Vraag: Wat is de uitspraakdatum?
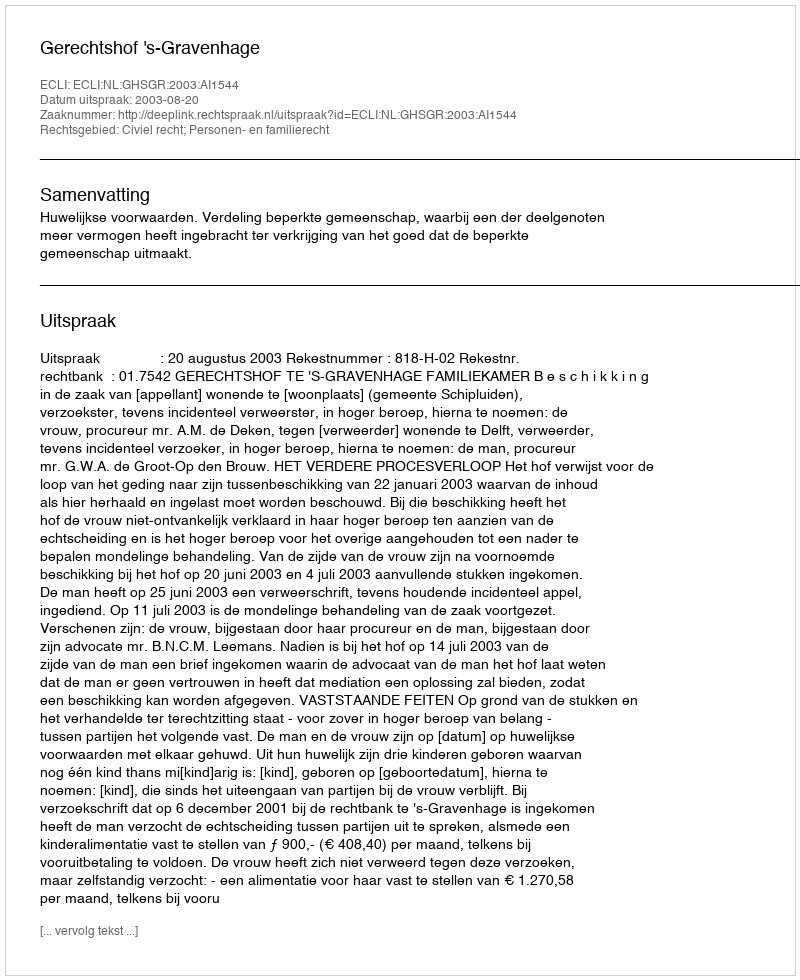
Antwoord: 2003-08-20